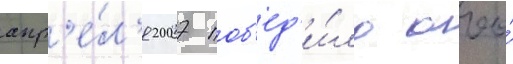
апр'е́л'я 2007 поб'ед'и́ло ооо́